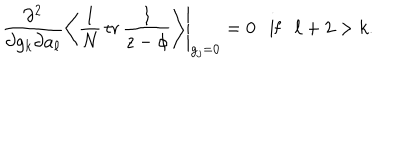
\left. \frac { \partial ^ { 2 } } { \partial g _ { k } \partial a _ { \ell } } \left\langle \frac 1 N \, \mathrm { t r } \, \frac { 1 } { z - \phi } \right\rangle \right| _ { g _ { j } = 0 } = 0 \ \ \mathrm { ~ i f ~ } \ \ \ell + 2 > k .